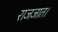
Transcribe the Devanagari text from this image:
राजजात।